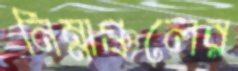
নিম্নাঞ্চলের